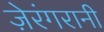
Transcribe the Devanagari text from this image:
ज़ेरंगरानी